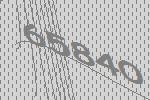
65840